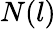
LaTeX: N(l)